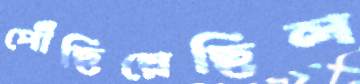
পৌঁছিয়েছিল